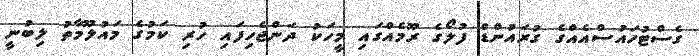
ގެސްޓުހައުސްއެއްގެ ގުރައުންޑް ފުލޯގެ ރޫމެއްގައި މީހަކު ދަންޖެހިފައި ހުރި ކަމުގެ މައުލޫމާތު ލިބުނީ